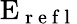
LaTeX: \mathrm{E}_{\mathrm{~r~e~f~l~}}